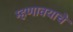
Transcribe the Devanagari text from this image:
म्हणावयाचें